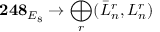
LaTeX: { \bf 2 4 8 } _ { E _ { 8 } } \rightarrow \bigoplus _ { r } ( \bar { L } _ { n } ^ { r } , L _ { n } ^ { r } )